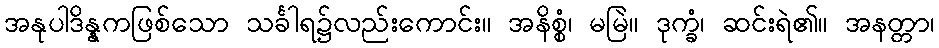
အနုပါဒိန္နကဖြစ်သော သင်္ခါရ၌လည်းကောင်း။ အနိစ္စံ၊ မမြဲ။ ဒုက္ခံ၊ ဆင်းရဲ၏။ အနတ္တာ၊